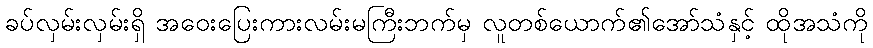
ခပ်လှမ်းလှမ်းရှိ အဝေးပြေးကားလမ်းမကြီးဘက်မှ လူတစ်ယောက်၏အော်သံနှင့် ထိုအသံကို